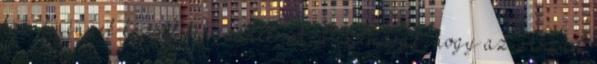
körülmények között tengődnek. Azt is tudják, hogy az Aszad